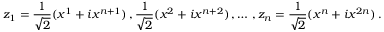
z _ { 1 } = \frac { 1 } { \sqrt { 2 } } ( x ^ { 1 } + i x ^ { n + 1 } ) \, , \frac { 1 } { \sqrt { 2 } } ( x ^ { 2 } + i x ^ { n + 2 } ) \, , \dots \, , z _ { n } = \frac { 1 } { \sqrt { 2 } } ( x ^ { n } + i x ^ { 2 n } ) \, .